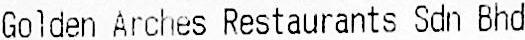
GOLDEN ARCHES RESTAURANTS SDN BHD